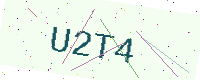
Text: U2T4